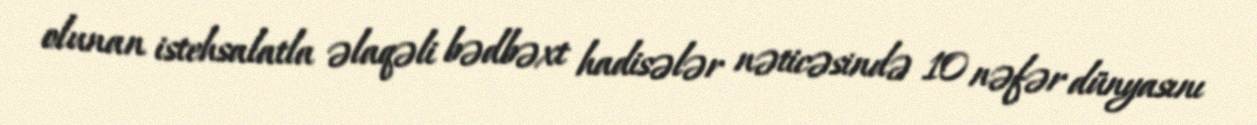
olunan istehsalatla əlaqəli bədbəxt hadisələr nəticəsində 10 nəfər dünyasını